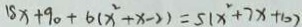
1 8 x + 9 0 + 6 ( x ^ { 2 } + x - 2 ) = 5 ( x ^ { 2 } + 7 x + 1 0 )